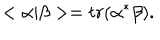
< \alpha \vert \beta > = t r ( \alpha ^ { * } \beta ) .